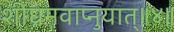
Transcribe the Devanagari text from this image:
शीघ्रमवाप्नुयात्॥४॥